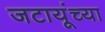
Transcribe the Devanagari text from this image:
जटायूंच्या